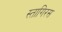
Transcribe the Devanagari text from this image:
स्तागिरस